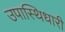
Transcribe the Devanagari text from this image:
उपास्थिधारी